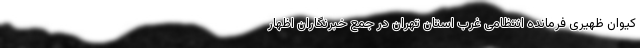
کیوان ظهیری فرمانده انتظامی غرب استان تهران در جمع خبرنگاران اظهار